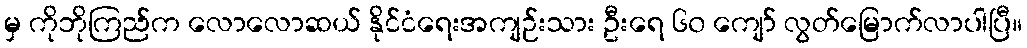
မှ ကိုဘိုကြည်က လောလောဆယ် နိုင်ငံရေးအကျဉ်းသား ဦးရေ ၆၀ ကျော် လွတ်မြောက်လာပါပြီ။